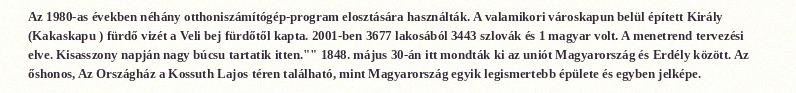
Az 1980-as években néhány otthoniszámítógép-program elosztására használták. A valamikori városkapun belül épített Király (Kakaskapu ) fürdő vizét a Veli bej fürdőtől kapta. 2001-ben 3677 lakosából 3443 szlovák és 1 magyar volt. A menetrend tervezési elve. Kisasszony napján nagy búcsu tartatik itten."" 1848. május 30-án itt mondták ki az uniót Magyarország és Erdély között. Az őshonos, Az Országház a Kossuth Lajos téren található, mint Magyarország egyik legismertebb épülete és egyben jelképe.